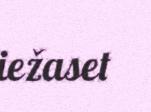
iežaset